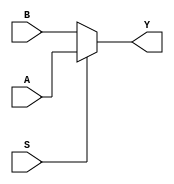
module ls157(
	input S,
	input [7:0]A, 
	input [7:0]B,
	output reg [7:0]Y
);

always @(A or B or S)
begin
	if(S) Y <= A;
	else Y<= B;
end

endmodule